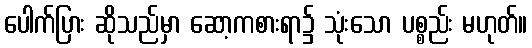
ပေါက်ပြား ဆိုသည်မှာ ဆော့ကစားရာ၌ သုံးသော ပစ္စည်း မဟုတ်။